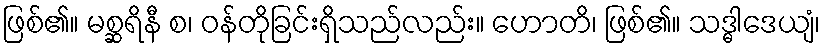
ဖြစ်၏။ မစ္ဆရိနီ စ၊ ဝန်တိုခြင်းရှိသည်လည်း။ ဟောတိ၊ ဖြစ်၏။ သဒ္ဓါဒေယျံ၊